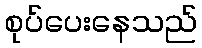
စုပ်ပေးနေသည်